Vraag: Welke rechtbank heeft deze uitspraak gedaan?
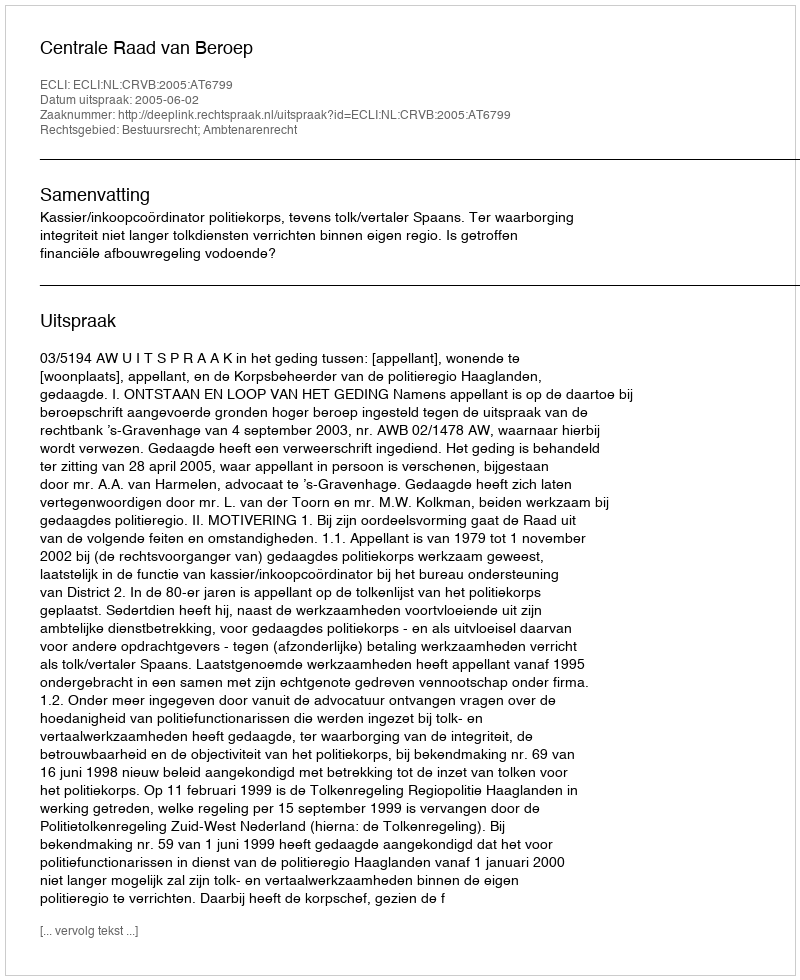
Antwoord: Centrale Raad van Beroep